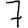
Digit: 7